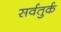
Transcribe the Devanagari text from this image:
सर्वतुर्क